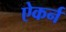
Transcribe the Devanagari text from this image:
ऐकर्न